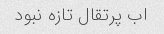
اب پرتقال تازه نبود